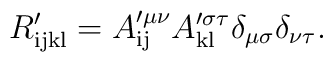
R'_{\mathrm{ijkl}} = A'^{\mu\nu}_{\mathrm{ij}} A'^{\sigma\tau}_{\mathrm{kl}} \delta_{\mu\sigma} \delta_{\nu\tau}.